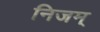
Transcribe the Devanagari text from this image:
निजम्